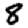
Digit: 8